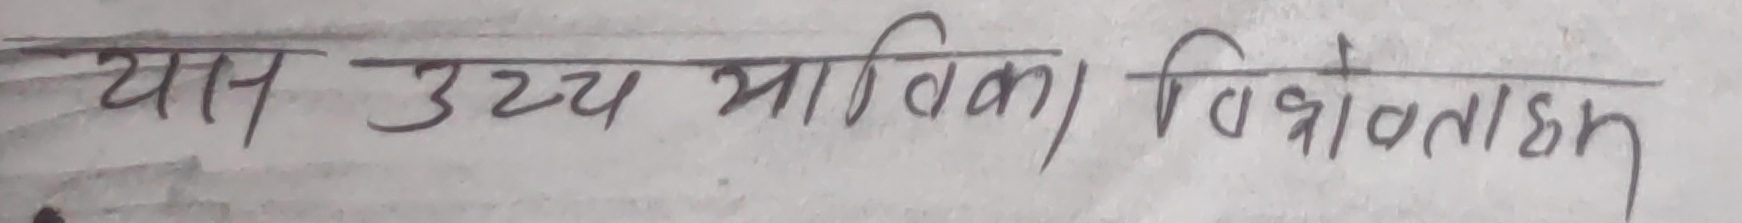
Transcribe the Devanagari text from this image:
यास उच्च माविका विश्वविद्यालय